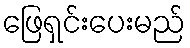
ဖြေရှင်းပေးမည်